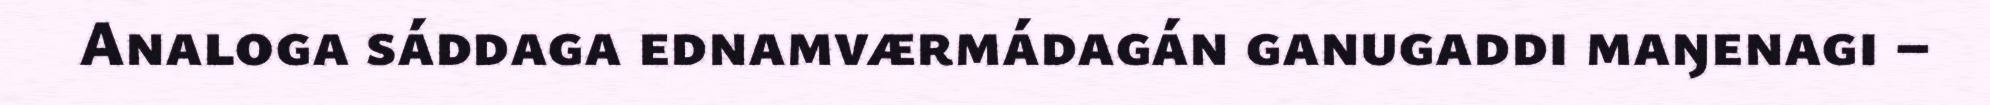
Analoga sáddaga ednamværmádagán ganugaddi maŋenagi –